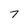
Character: 7